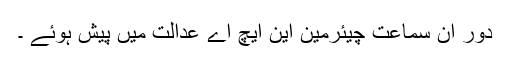
دور ان سماعت چیئرمین این ایچ اے عدالت میں پیش ہوئے ۔